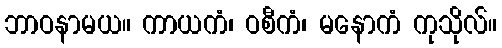
ဘာဝနာမယ။ ကာယကံ၊ ဝစီကံ၊ မနောကံ ကုသိုလ်။